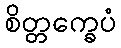
စိတ္တက္ခေပံ